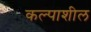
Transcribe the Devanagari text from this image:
कल्पाशील